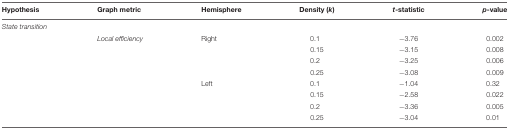
<table><thead><tr><td><b>Hypothesis</b></td><td><b>Graph metric</b></td><td><b>Hemisphere</b></td><td><b>Density (<i>k</i>)</b></td><td><b><i>t</i>-statistic</b></td><td><b><i>p</i>-value</b></td></tr></thead><tbody><tr><td colspan="6"><i>State transition</i></td></tr><tr><td></td><td><i>Local efficiency</i></td><td>Right</td><td>0.1</td><td>–3.76</td><td>0.002</td></tr><tr><td></td><td></td><td></td><td>0.15</td><td>–3.15</td><td>0.008</td></tr><tr><td></td><td></td><td></td><td>0.2</td><td>–3.25</td><td>0.006</td></tr><tr><td></td><td></td><td></td><td>0.25</td><td>–3.08</td><td>0.009</td></tr><tr><td></td><td></td><td>Left</td><td>0.1</td><td>–1.04</td><td>0.32</td></tr><tr><td></td><td></td><td></td><td>0.15</td><td>–2.58</td><td>0.022</td></tr><tr><td></td><td></td><td></td><td>0.2</td><td>–3.36</td><td>0.005</td></tr><tr><td></td><td></td><td></td><td>0.25</td><td>–3.04</td><td>0.01</td></tr></tbody></table>